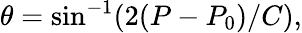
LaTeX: \theta=\mathrm{sin}^{-1}(2(P-P_{0})/C),